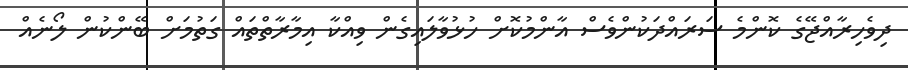
ދިވެހިރާއްޖޭގެ ކޮންމެ ސަރައްދަކުންވެސް އާންމުކޮށް ހުޅުވާލައިގެން ވިއްކާ އިމާރާތްތައް ގަތުމަށް ބޭންކުން ލޯނެއް